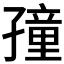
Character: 𡦜